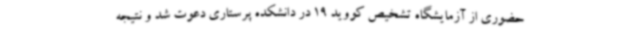
حضوری از آزمایشگاه تشخیص کووید 19 در دانشکده پرستاری دعوت شد و نتیجه